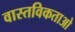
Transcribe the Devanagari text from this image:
वास्तविकताओ